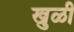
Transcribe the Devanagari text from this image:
खुळी